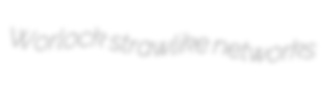
Worlock strawlike networks